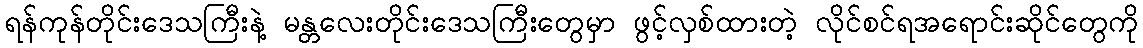
ရန်ကုန်တိုင်းဒေသကြီးနဲ့ မန္တလေးတိုင်းဒေသကြီးတွေမှာ ဖွင့်လှစ်ထားတဲ့ လိုင်စင်ရအရောင်းဆိုင်တွေကို